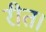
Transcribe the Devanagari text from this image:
रीत।